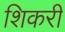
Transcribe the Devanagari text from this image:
शिकरी